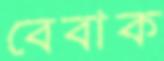
বেবাক